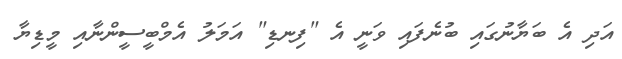
އަދި އެ ބަޔާނުގައި ބުނެފައި ވަނީ އެ "ފިނޑި" އަމަލު އެމްބީސީންނާއި މީޑިޔާ